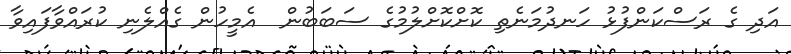
އަދި ގެ ރަސްކަންފުޅު ހަނދުމަނެތި ކޮށްކޮށްލުމުގެ ސަބަބުން  އެމީހުން ގެއްލެނި ކުރައްވާފައިވާ